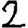
Digit: 2